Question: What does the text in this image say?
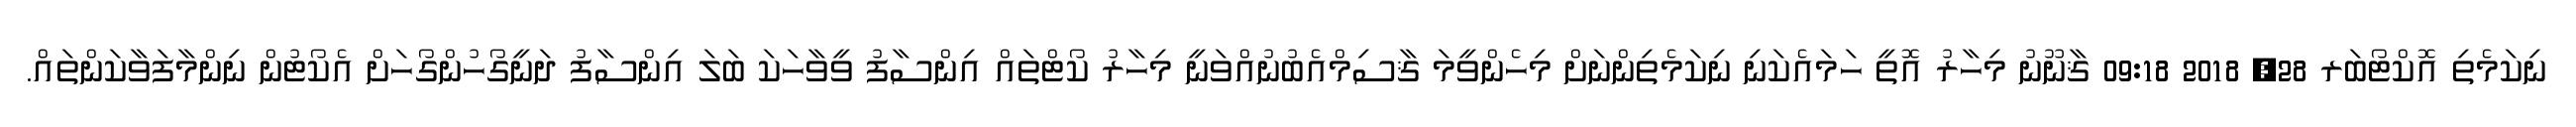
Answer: ނިކަމެތި އޮކްޓޯބަރ 28, 2018 09:18 ޤާނޫނު މިހާރު އޮތީ ހަމައެކަނި ނިކަމެތިންނަށް މިހެންވީމަ ޤާސިމްއެބުނުއްވަނީ މިހާރު ކޯޓްތައް އިންސާފު ވީވާހަކަ ބަލަ އިންސާފު ދަނީގޯހުންގޯހަށް އެކޯޓުން ނިންމާފަވާކަންތައް.